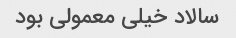
سالاد خیلی معمولی بود